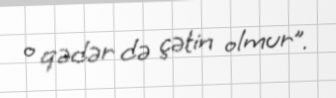
o qədər də çətin olmur”.